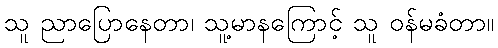
သူ ညာပြောနေတာ၊ သူ့မာနကြောင့် သူ ဝန်မခံတာ။